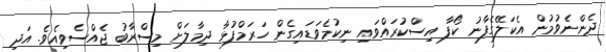
ދެންނެވުމުން އެކަލޭގެފާނު ކޯފާ އިސްކުރައްވައި ނިކުމެވަޑައިގެން ހަރަމްފުޅާ ދިމާލަށް މިސްރާބު ޖެއްސެވިއެވެ. އަދި